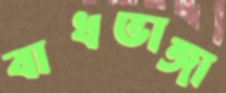
বাধভাঙ্গা